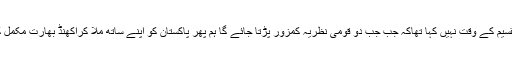
انہوں نے تقسیم کے وقت نہیں کہا تھاکہ جب جب دو قومی نظریہ کمزور پڑتا جائے گا ہم پھر پاکستان کو اپنے ساتھ ملا کراکھنڈ بھارت مکمل کر لیں گے۔